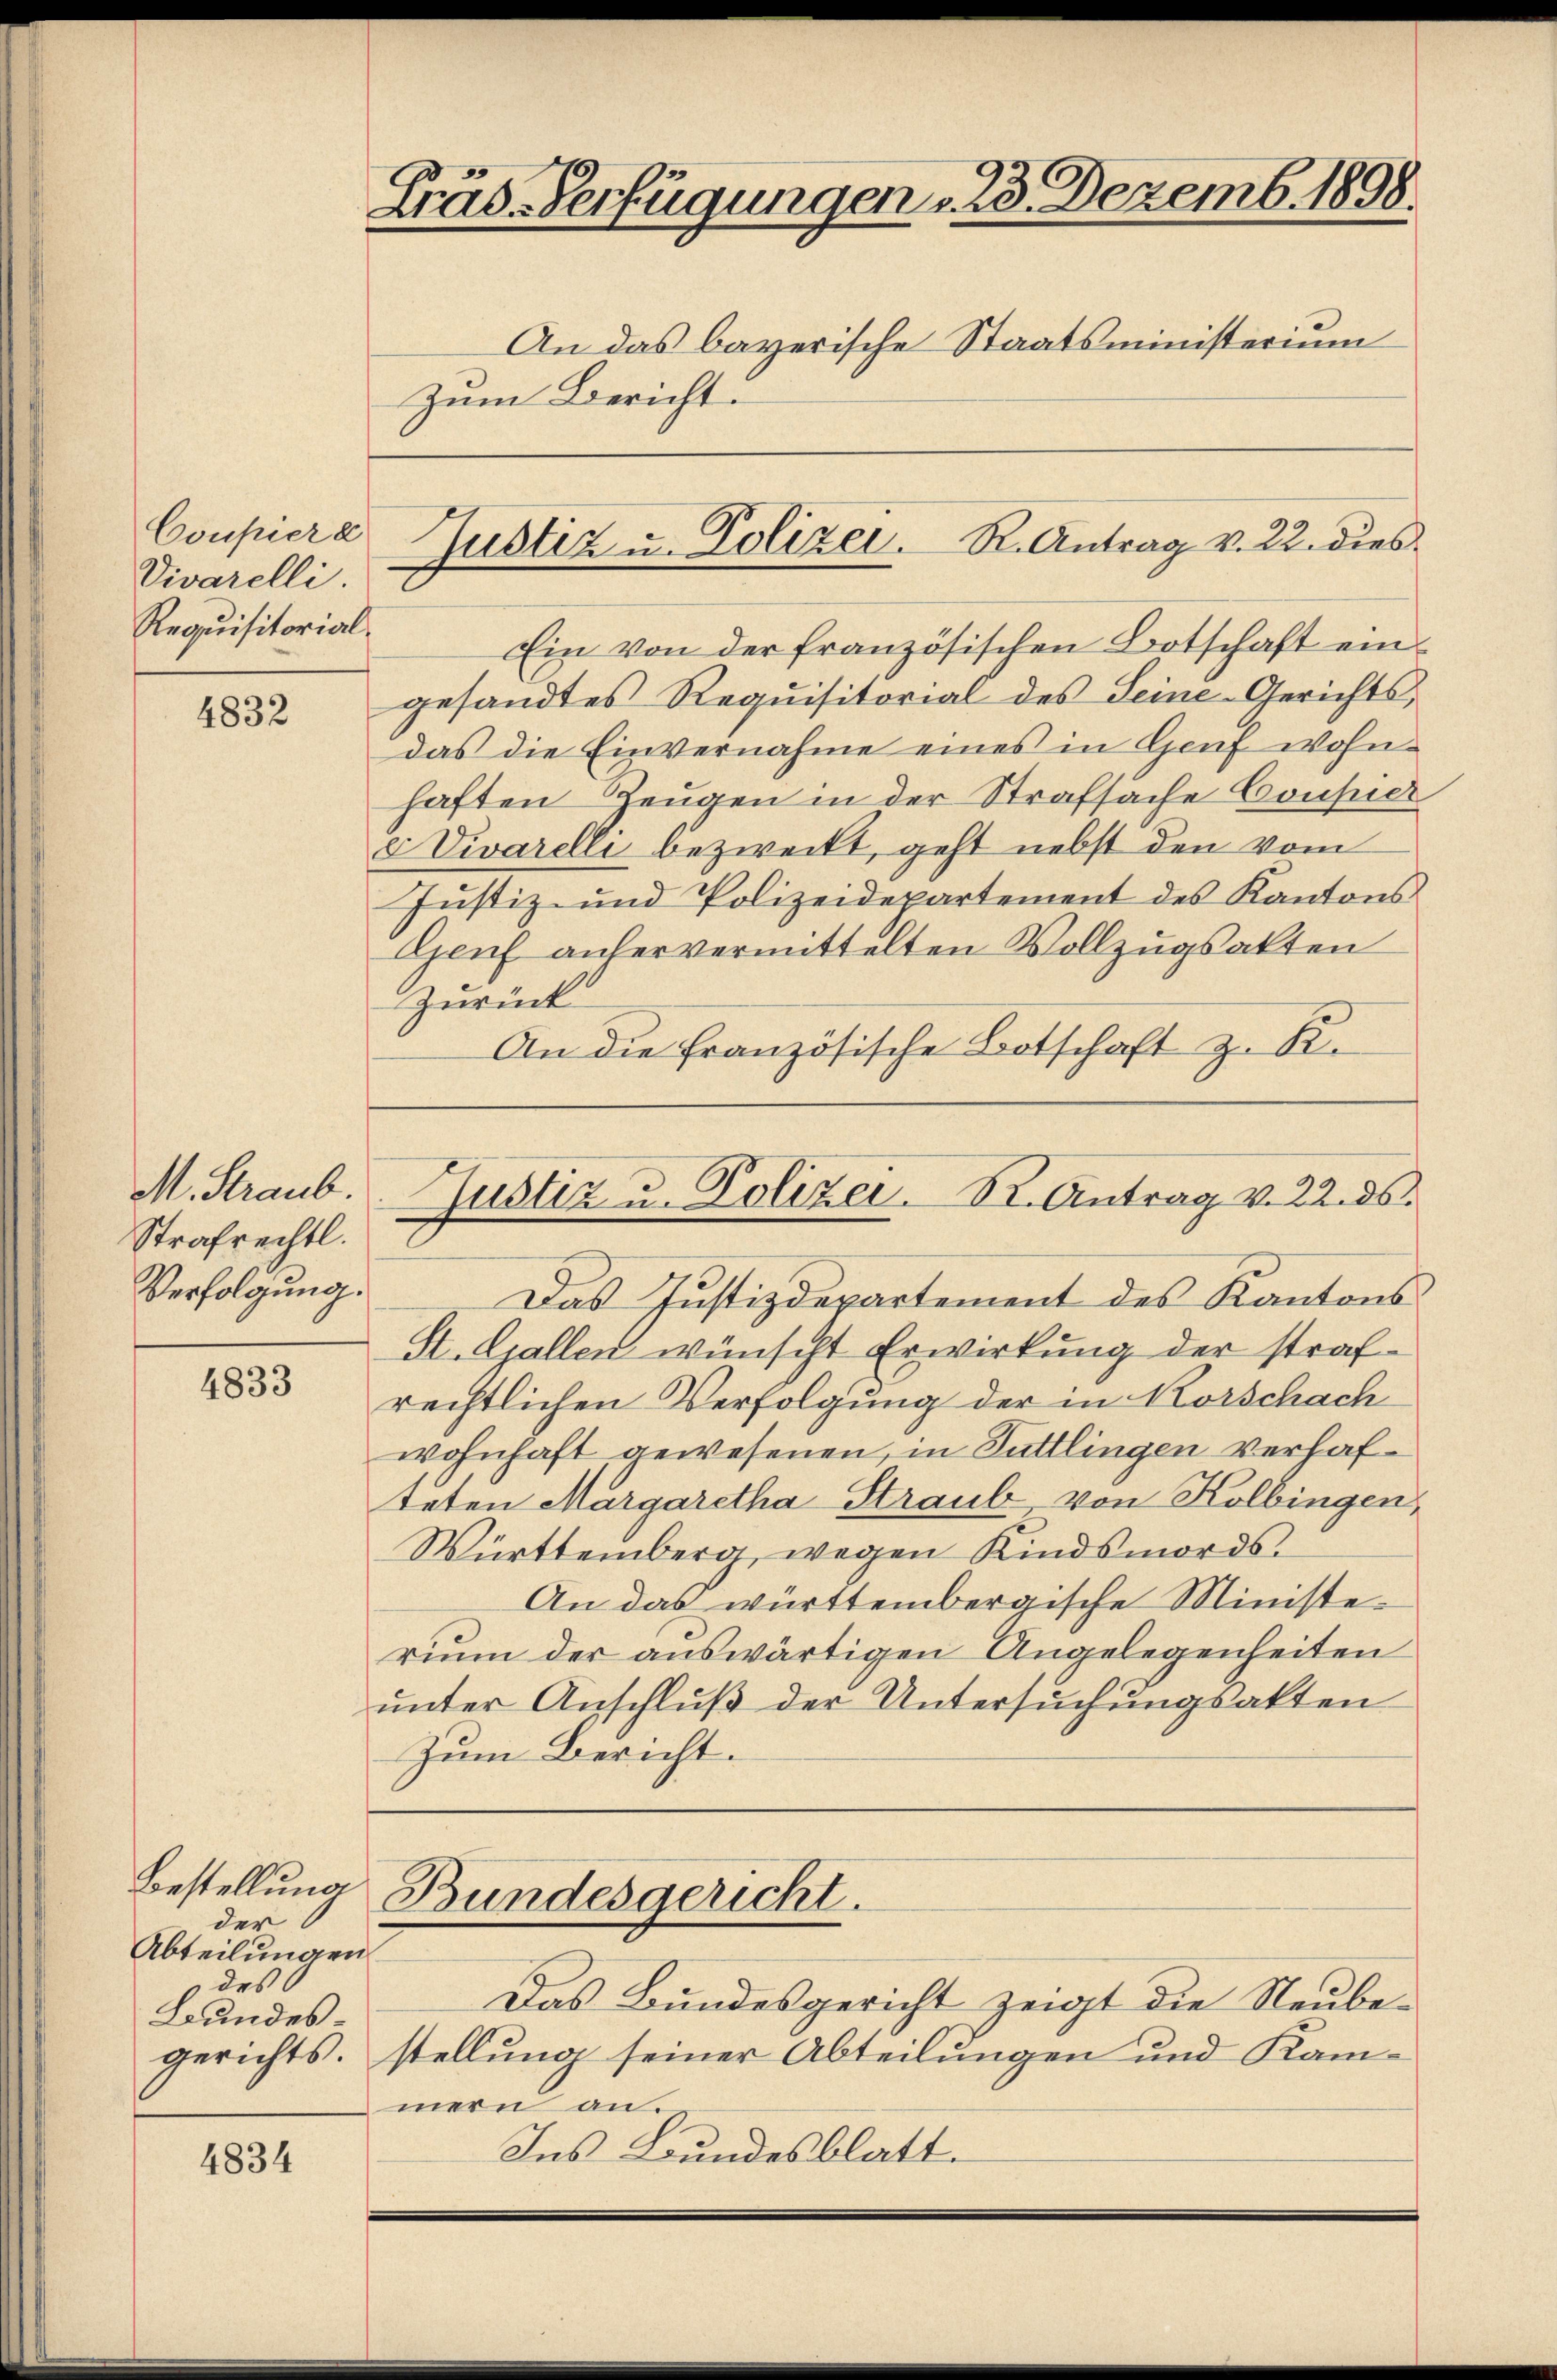
Coupiere
Divarelli.
Requisitorial.

4832

M. Straub.
Strafrechtl.
Verfolgung.

4833

Bestellung
der
Abteilungen
des
Bundes¬

4834

Gräs-Verfügungen , 23. Dezemb. 1898.
An das bayerische Staatsministerium
Zum Bericht:

Ein von der französischen Botschaft ein-
gesandtes Requisitorial des Seine-Gerichtsdas die Einvernahme eines in Genf wohnhaften Zeugen in der Strafsache Coupier
d Vivarelli bezweckt, geht nebst den vom
Justiz- und Polizeidepartement des Kantons
Genf anhervermittelten Vollzugsakten
Zurück
An die Französische Botschaft z. K.

Justiz u. Polizei. R. Antrag v. 22. dies

Justiz u. Polizei. R. Antrag v. 22. ds.

Bundesgericht.

Das Justizdepartement des Kantons¬
St. Gallen wünscht Erwirkung der strafrechtlichen Verfolgung der in Korschach
wohnhaft gewesenen, in Tuttlingen verhafteten Margaretha Straub, von Kolbingen,
Württemberg, wegen Kindsmords¬
An das württembergische Ministerium der auswärtigen Angelegenheiten
unter Anschluß der Untersuchungsakten
Zum Bericht.

Das Bundesgericht zeigt die Neubegerichts. stellung seiner Abteilungen und Kammern an.
Ins Bundesblatt.